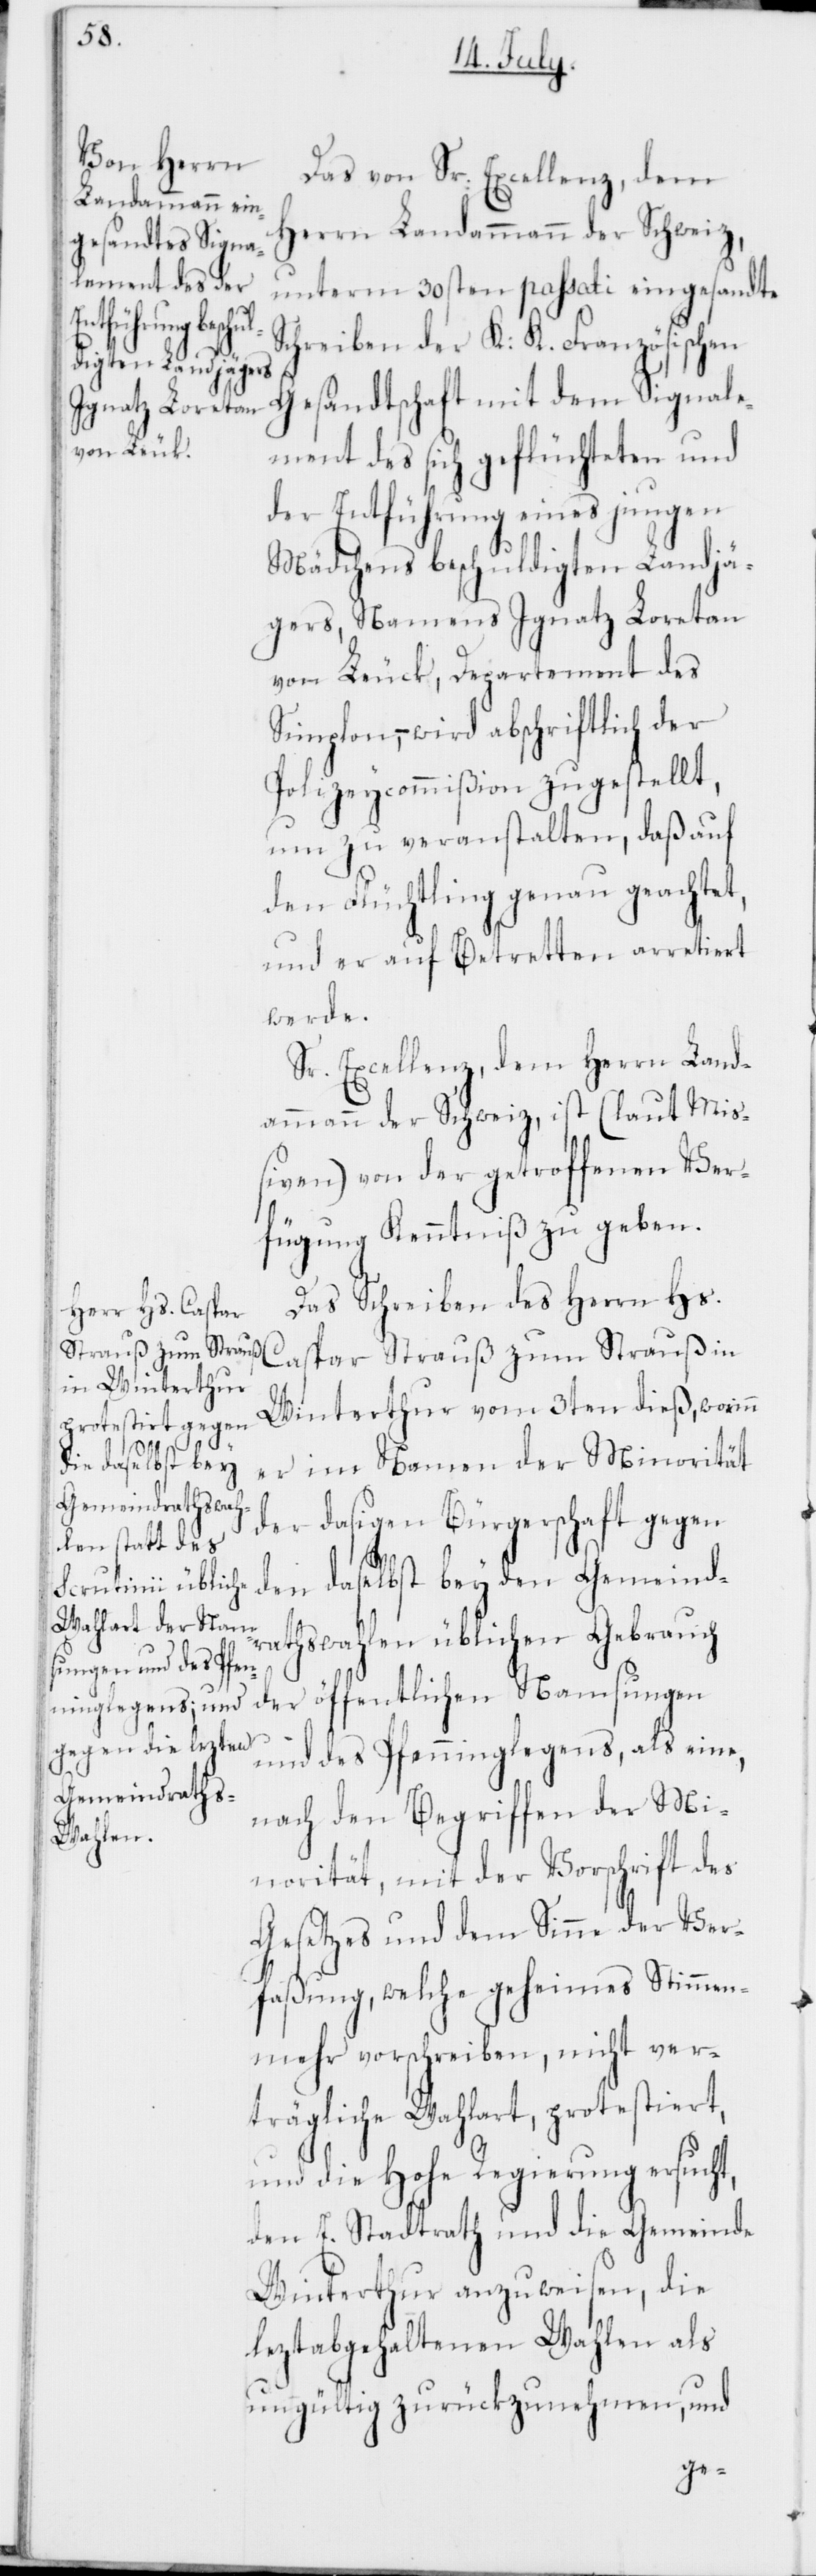
Das von Sr. Excellenz, dem
Herrn Landammann der Schweiz,
unterm 30sten passati eingesandte
Schreiben der K. K. Französischen
Gesandtschaft mit dem Signale¬
ment des sich geflüchteten und
der Entführung eines jungen
Mädchens beschuldigten Landjä¬
gers, Namens Ignatz Loretan
von Leuk, Departement des
Simplon, – wird abschriftlich der
Polizeycomißion zugestellt,
um zu veranstalten, daß auf
den Flüchtling genau geachtet,
und er auf Betretten arretiert
werde.
Sr. Excellenz, dem Herrn Land¬
ammann der Schweiz, ist (laut Mi¬
ßiven) von der getroffenen Ver¬
fügung Kenntniß zu geben.
Das Schreiben des Herrn Hs.
Caspar Strauß zum Strauß in
Winterthur vom 3ten dieß, worinn
er im Namen der Minorität
der dasigen Bürgerschaft gegen
den daselbst bey den Gemeindr¬
athswahlen üblichen Gebrauch
der öffentlichen Namsungen
und des Pfenninglegens, als eine,
nach den Begriffen der Mi¬
norität, mit der Vorschrift des
Gesetzes und dem Sinne der Ver¬
faßung, welche geheimes Stimmen¬
mehr vorschreiben, nicht ver¬
trägliche Wahlart, protestiert,
und die Hohe Regierung ersucht,
den E. Stadtrath und die Gemeinde
Winterthur anzuweisen, die
leztabgehaltenen Wahlen als
ungültig zurückzunehmen, und